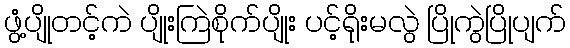
ဖွံ့ပျိုတင့်ကဲ ပျိုးကြဲစိုက်ပျိုး ပင့်ရိုးမလွဲ ပြိုကွဲပြိုပျက်